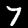
Digit: 7